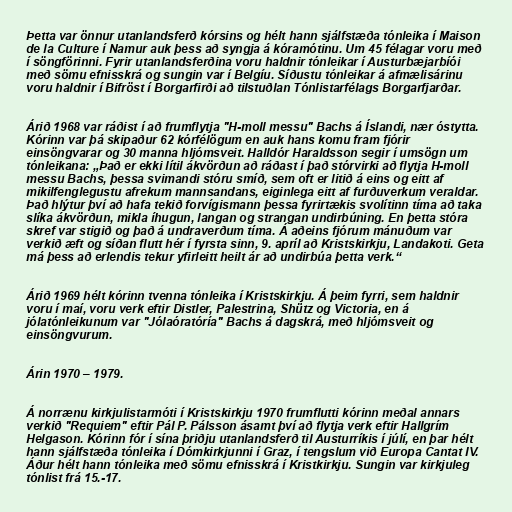
Þetta var önnur utanlandsferð kórsins og hélt hann sjálfstæða tónleika í Maison
de la Culture í Namur auk þess að syngja á kóramótinu. Um 45 félagar voru með
í söngförinni. Fyrir utanlandsferðina voru haldnir tónleikar í Austurbæjarbíói
með sömu efnisskrá og sungin var í Belgíu. Síðustu tónleikar á afmælisárinu
voru haldnir í Bifröst í Borgarfirði að tilstuðlan Tónlistarfélags Borgarfjarðar.

Árið 1968 var ráðist í að frumflytja "H-moll messu" Bachs á Íslandi, nær óstytta.
Kórinn var þá skipaður 62 kórfélögum en auk hans komu fram fjórir
einsöngvarar og 30 manna hljómsveit. Halldór Haraldsson segir í umsögn um
tónleikana: „Það er ekki lítil ákvörðun að ráðast í það stórvirki að flytja H-moll
messu Bachs, þessa svimandi stóru smíð, sem oft er litið á eins og eitt af
mikilfenglegustu afrekum mannsandans, eiginlega eitt af furðuverkum veraldar.
Það hlýtur því að hafa tekið forvígismann þessa fyrirtækis svolítinn tíma að taka
slíka ákvörðun, mikla íhugun, langan og strangan undirbúning. En þetta stóra
skref var stigið og það á undraverðum tíma. Á aðeins fjórum mánuðum var
verkið æft og síðan flutt hér í fyrsta sinn, 9. apríl að Kristskirkju, Landakoti. Geta
má þess að erlendis tekur yfirleitt heilt ár að undirbúa þetta verk.“

Árið 1969 hélt kórinn tvenna tónleika í Kristskirkju. Á þeim fyrri, sem haldnir
voru í maí, voru verk eftir Distler, Palestrina, Shütz og Victoria, en á
jólatónleikunum var "Jólaóratóría" Bachs á dagskrá, með hljómsveit og
einsöngvurum.

Árin 1970 – 1979.

Á norrænu kirkjulistarmóti í Kristskirkju 1970 frumflutti kórinn meðal annars
verkið "Requiem" eftir Pál P. Pálsson ásamt því að flytja verk eftir Hallgrím
Helgason. Kórinn fór í sína þriðju utanlandsferð til Austurríkis í júlí, en þar hélt
hann sjálfstæða tónleika í Dómkirkjunni í Graz, í tengslum við Europa Cantat IV.
Áður hélt hann tónleika með sömu efnisskrá í Kristkirkju. Sungin var kirkjuleg
tónlist frá 15.-17.